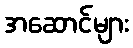
အဆောင်များ